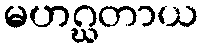
မဟဂ္ဃတာယ